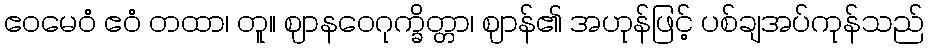
ဧဝမေဝံ ဧဝံ တထာ၊ တူ။ ဈာနဝေဂုက္ခိတ္တာ၊ ဈာန်၏ အဟုန်ဖြင့် ပစ်ချအပ်ကုန်သည်